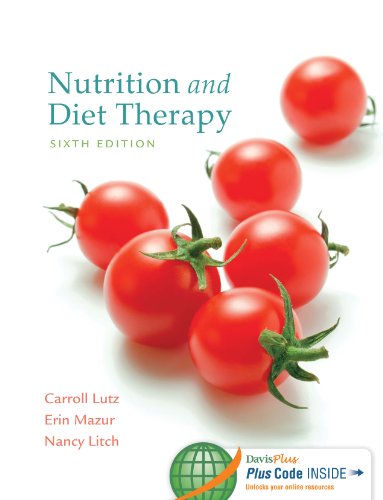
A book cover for Nutrition and Diet Therapy, 6 Edition; Carroll A. Lutz MA  RN; Medical Books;